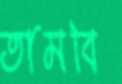
তামবি